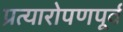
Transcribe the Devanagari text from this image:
प्रत्यारोपणपूर्व